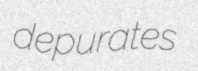
depurates